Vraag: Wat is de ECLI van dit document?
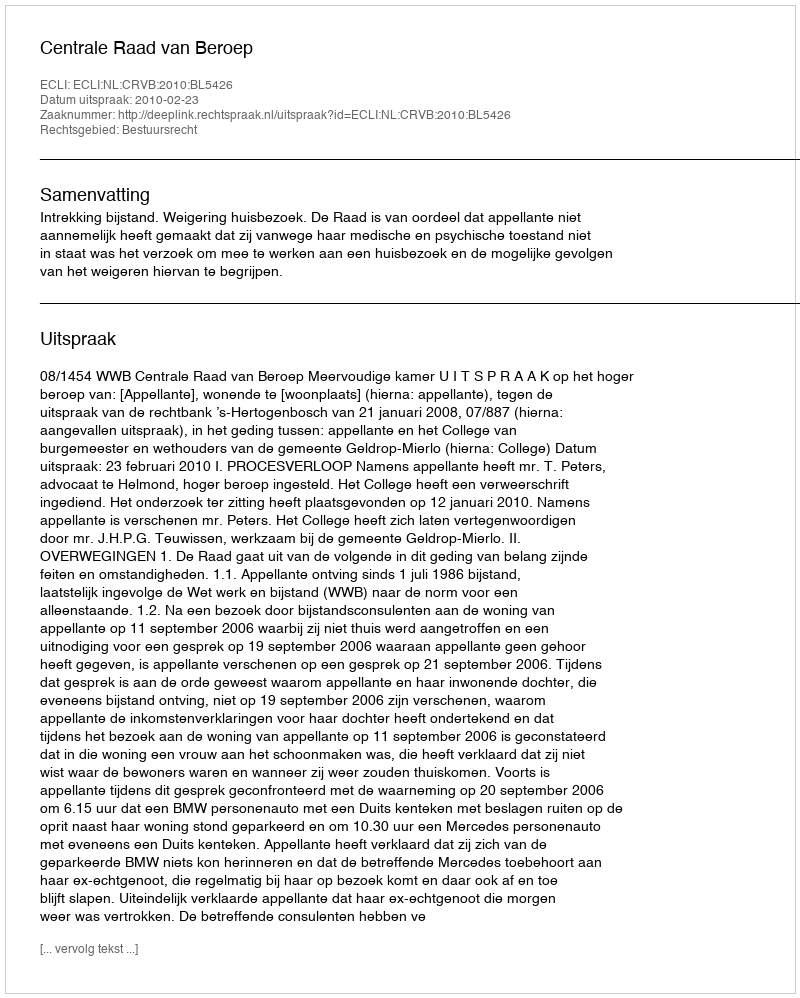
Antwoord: ECLI:NL:CRVB:2010:BL5426